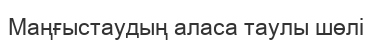
Маңғыстаудың аласа таулы шөлі